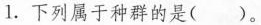
1.下列属于种群的是( )。